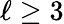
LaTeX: \ell\ge 3